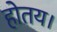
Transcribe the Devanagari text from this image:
होतय।